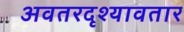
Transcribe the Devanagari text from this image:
अवतरदृश्यावतार